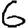
Digit: 6